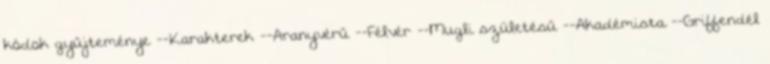
kódok gyűjteménye --Karakterek --Aranyvérű --Félvér --Mugli születésű --Akadémista --Griffendél